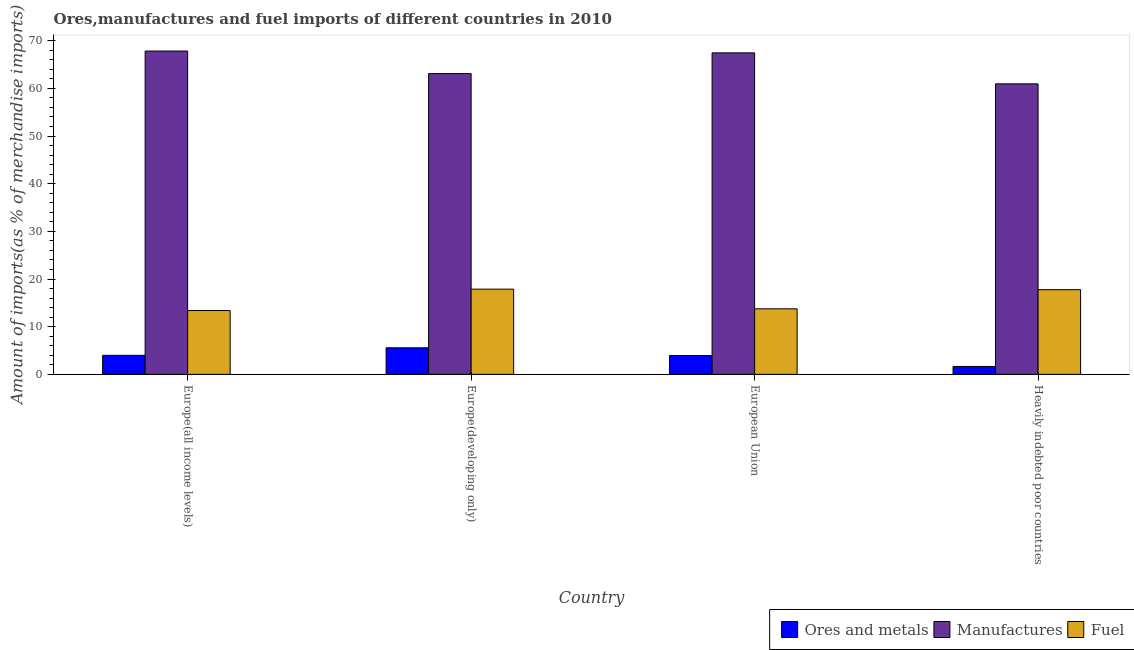
| Country | Ores and metals | Manufactures | Fuel |
 | --- | --- | --- | --- |
 | Europe(all income levels) | 3.99 | 67.8 | 13.4 |
 | Europe(developing only) | 5.58 | 63.1 | 17.9 |
 | European Union | 3.95 | 67.4 | 13.7 |
 | Heavily indebted poor countries | 1.66 | 60.9 | 17.8 |